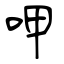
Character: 呷